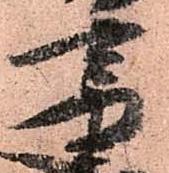
重